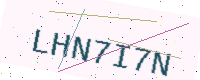
Text: LHN7I7N